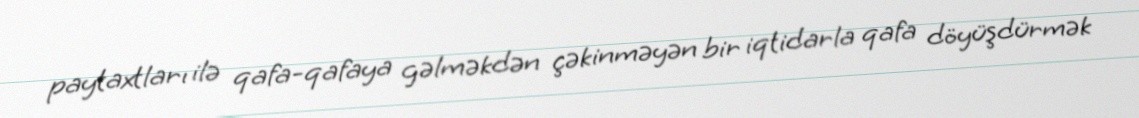
paytaxtları ilə qafa-qafaya gəlməkdən çəkinməyən bir iqtidarla qafa döyüşdürmək